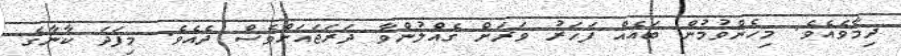
ދިމާވެއެވެ. މިހެންވުމުން ބައެއް ފަހަރު ވަރަށް ގެއްލުންވާ ދަރަޖައަށްވެސް ދެއެވެ. މިފަދަ ކާނާގެ